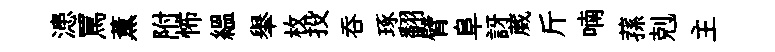
漶罵薫附怖緼𦦙枚投呑琢翻臂阜訝葳斤喃蓀剋主